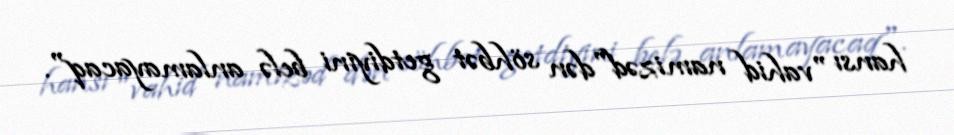
hansı "vahid namizəd"dən söhbət getdiyini belə anlamayacaq".